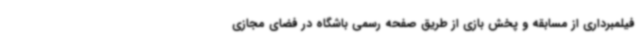
فیلمبرداری از مسابقه و پخش بازی از طریق صفحه رسمی باشگاه در فضای مجازی